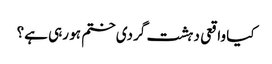
کیا واقعی دہشت گردی ختم ہو رہی ہے؟